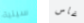
سينية غاس